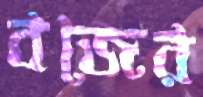
বজের